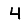
Digit: 4